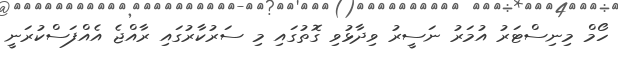
ހޯމް މިނިސްޓަރު އުމަރު ނަސީރު ވިދާޅުވި ގޮތުގައި މި ސަރުކާރުގައި ރާއްޖެ އެއްފަސްކުރަނީ